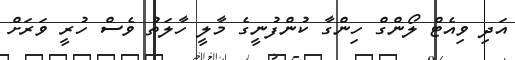
އަދި ވިއެޓް ލޯންގް ހިންގާ ކުންފުނީގެ މާލީ ހާލަތު ވެސް ހުރީ ވަރަށް